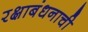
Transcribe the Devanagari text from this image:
रक्षाबंधनाची